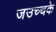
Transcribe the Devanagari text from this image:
जउच्चके